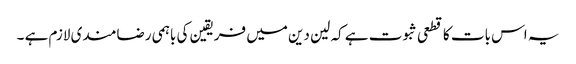
یہ اس بات کا قطعی ثبوت ہے کہ لین دین میں فریقین کی باہمی رضامندی لازم ہے ۔